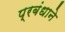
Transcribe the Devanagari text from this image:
प्रबंधाने